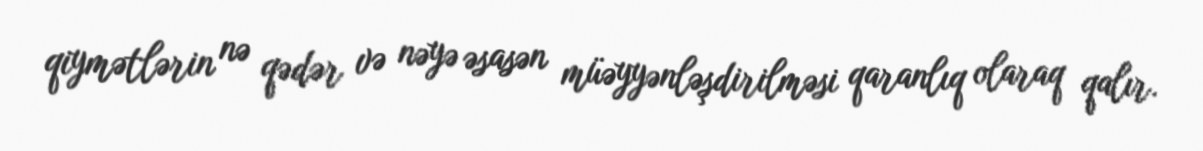
qiymətlərin nə qədər və nəyə əsasən müəyyənləşdirilməsi qaranlıq olaraq qalır.